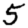
Digit: 5